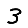
Digit: 3